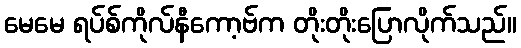
မေမေ ရပ်စ်ကိုလ်နီကော့ဗ်က တိုးတိုးပြောလိုက်သည်။